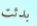
بدئت